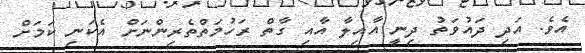
އެވެ. އަދި ދައުވަތު ދިނީ އާއިލާ އާއި ގާތް ރަހުމަތްތެރިންނަށް އެކަނި ކަމަށް